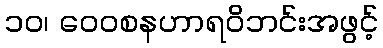
၁၀၊ ဝေဝစနဟာရဝိဘင်းအဖွင့်